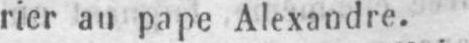
rier au pape Alexandre.